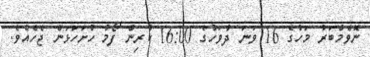
ނޮވެމްބަރު މަހުގެ 16 ވަނަ ދުވަހުގެ 16:00 ކުރިން ފޯމު ހުށަހަޅަން ޖެހެއެވެ.